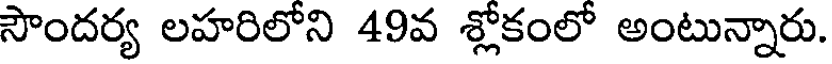
సౌందర్య లహరిలోని 49వ శ్లోకంలో అంటున్నారు.